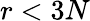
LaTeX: r<3N